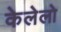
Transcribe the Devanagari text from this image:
केलेलो